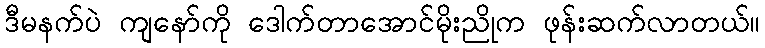
ဒီမနက်ပဲ ကျနော်ကို ဒေါက်တာအောင်မိုးညိုက ဖုန်းဆက်လာတယ်။